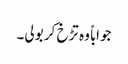
جواباً وہ تڑخ کر بولی۔